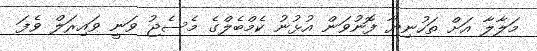
މަލާލާ އަށް ތަހުނިޔާ ފޮނުވަން އުޅުނު ކެމްބެލްގެ މެސެޖު ވަނީ ވައިރަލް ވެފަ